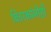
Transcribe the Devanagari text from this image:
वितरकांनीही